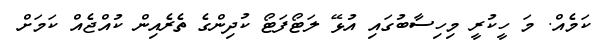
ކަމެއް. މަ ހީކުރީ މިހިސާބުގައި އުޅޭ ލަޓޯފަޓޯ ކުދިންގެ ތެރެއިން ކުއްޖެއް ކަމަށް